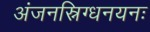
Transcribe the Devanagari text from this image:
अंजनस्निग्धनयनः